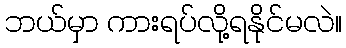
ဘယ်မှာ ကားရပ်လို့ရနိုင်မလဲ။